Burma Government Medical School reports 1907-22
Year: 1907
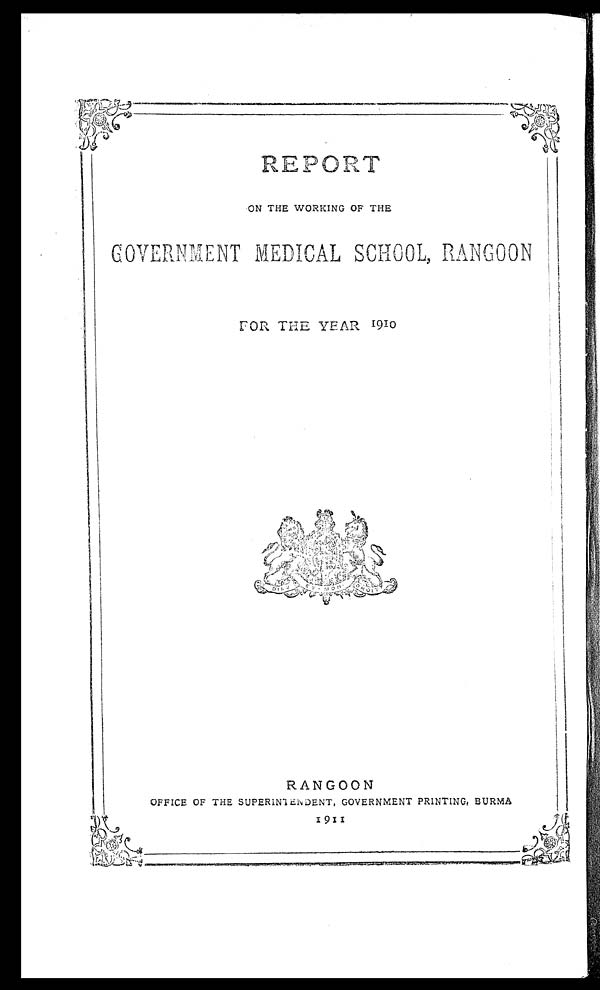
REPORT
ON THE WORKING OF THE
GOVERNMENT MEDICAL SCHOOL,
RANGOON
FOR, THE YEAR 1910
RANGOON
OFFICE OF THE SUPERINTENDENT, GOVERNMENT PRINTING, BURMA
9